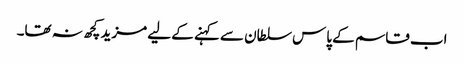
اب قاسم کے پاس سلطان سے کہنے کے لیے مزید کچھ نہ تھا۔